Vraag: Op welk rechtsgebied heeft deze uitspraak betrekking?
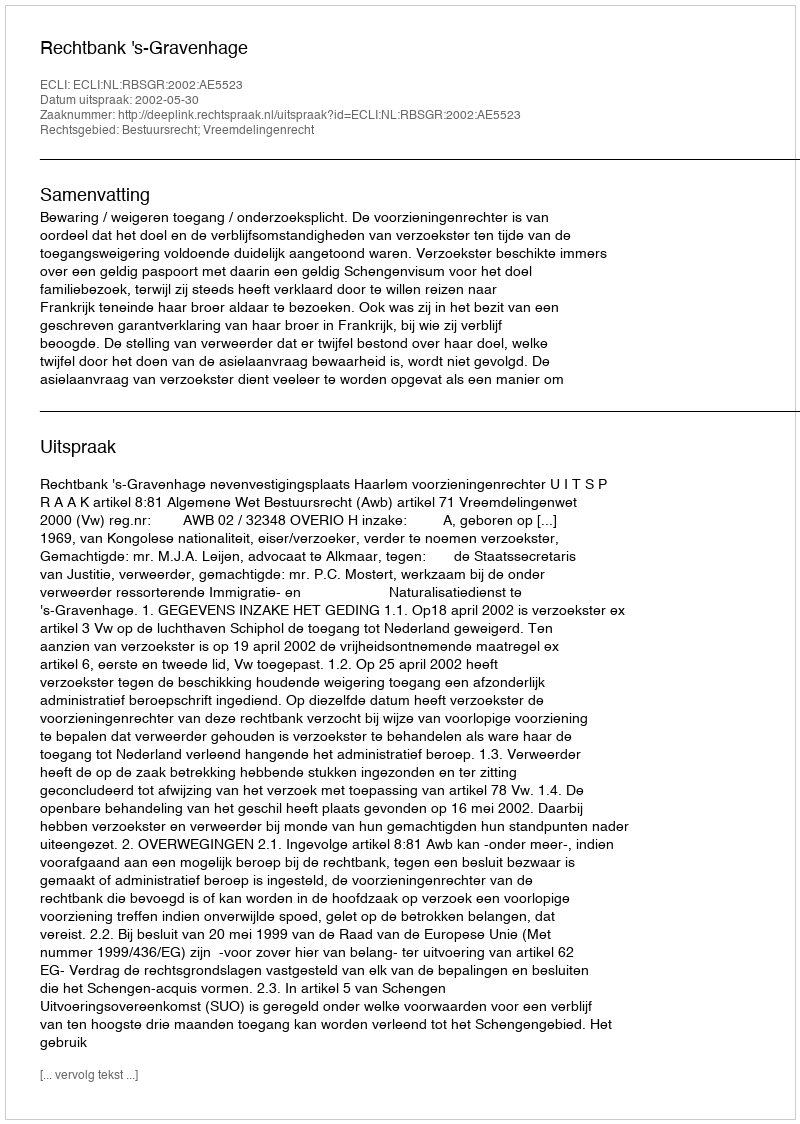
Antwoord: Bestuursrecht; Vreemdelingenrecht